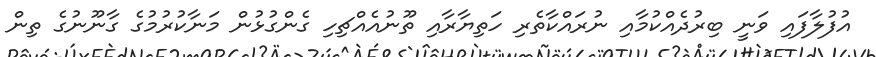
އުފުލާފައި ވަނީ ބިރުދެއްކުމާއި ނުރައްކާތެރި ހަތިޔާރާއި ތޫނުއެއްޗިހި ގެންގުޅުން މަނާކުރުމުގެ ގާނޫނުގެ ތިން